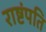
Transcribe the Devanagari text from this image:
राष्टंपति